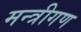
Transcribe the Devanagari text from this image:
मन्त्रीगण